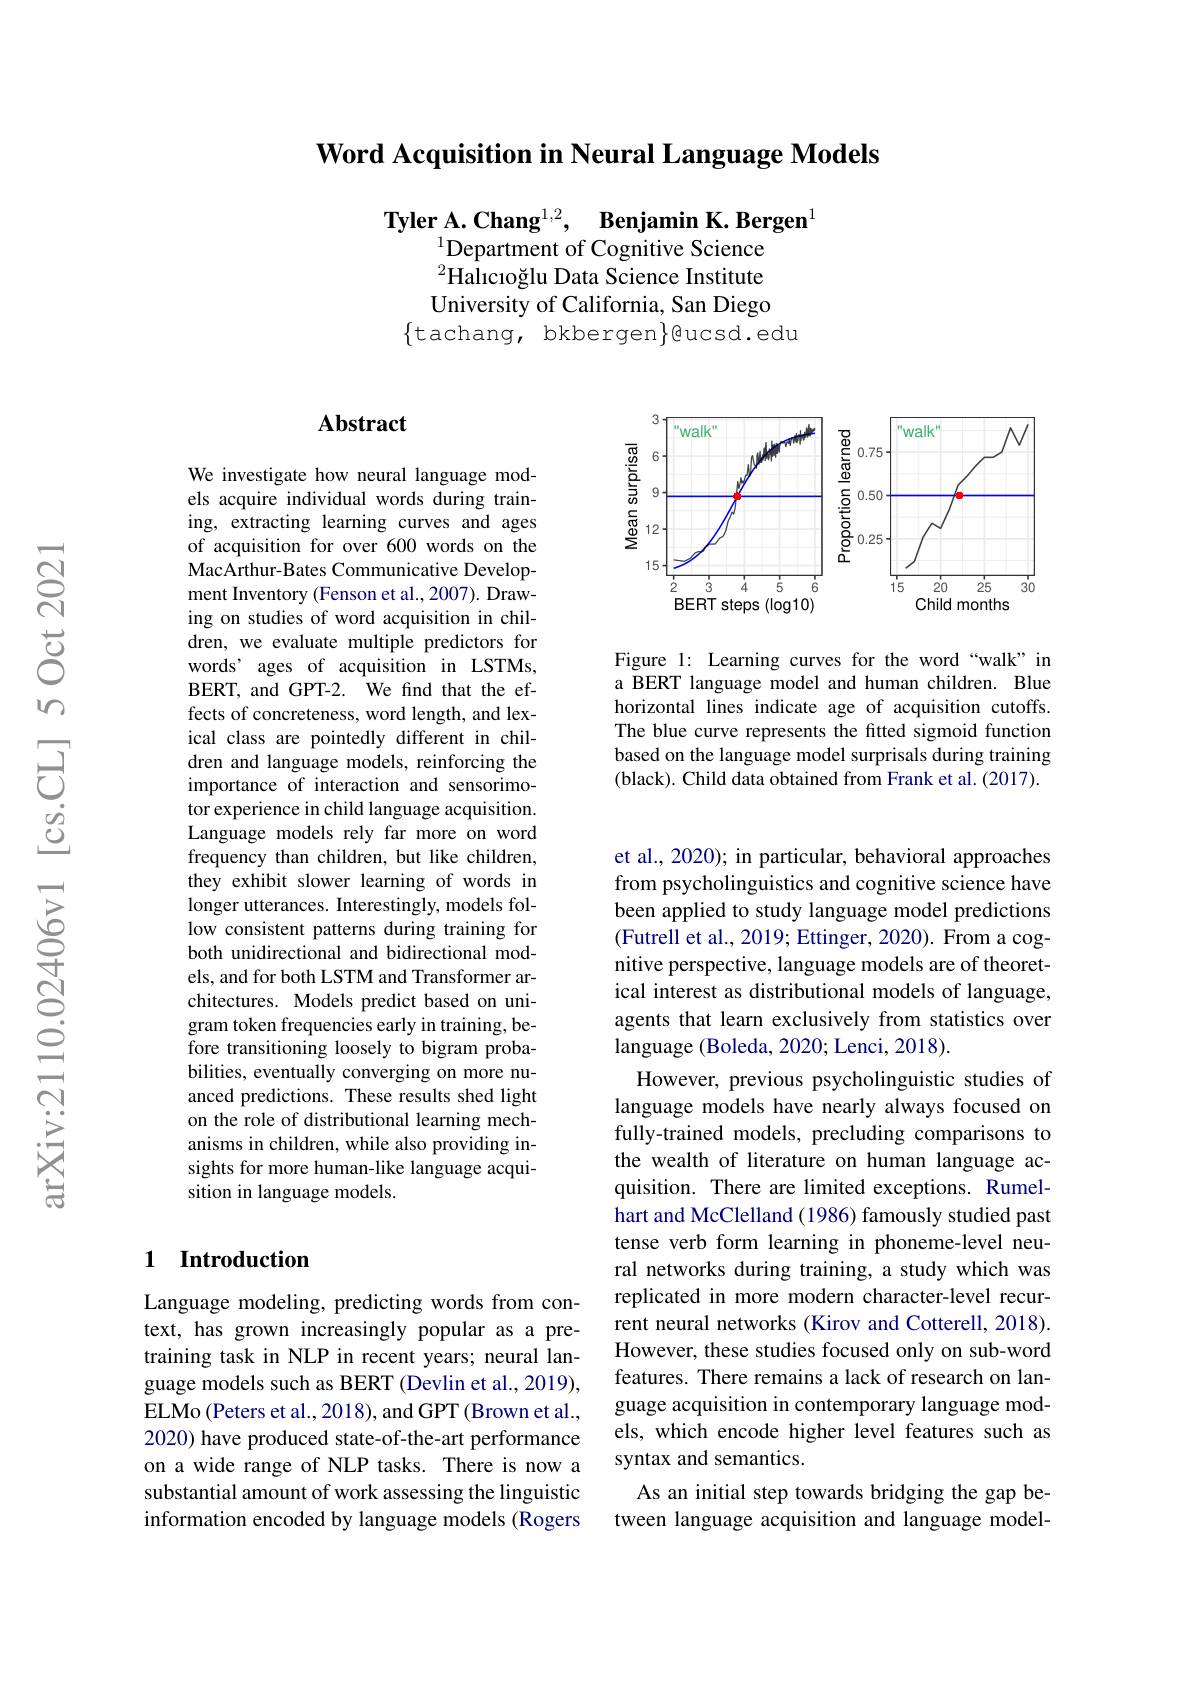
## Word Acquisition in Neural Language Models

Tyler A. Chang$^{1, 2}$, Benjamin K. Bergen
$^{1}$Department of Cognitive Science $^{2}$Halıcıoğlu Data Science Institute University of California, San Diego
$\{$tachang, bkbergen$\}$@ucsd.edu

### $\mathbf{Abstract}$

We investigate how neural language models acquire individual words during training, extracting learning curves and ages of acquisition for over 600 words on the MacArthur- Bates Communicative Development Inventory (Fenson et al., 2007). Drawing on studies of word acquisition in children, we evaluate multiple predictors for words' ages of acquisition in LSTMs, BERT, and GPT-2. We find that the effects of concreteness, word length, and lexical class are pointedly different in children and language models, reinforcing the importance of interaction and sensorimotor experience in child language acquisition. Language models rely far more on word frequency than children, but like children, they exhibit slower learning of words in longer utterances. Interestingly, models follow consistent patterns during training for both unidirectional and bidirectional models, and for both LSTM and Transformer architectures. Models predict based on unigram token frequencies early in training, before transitioning loosely to bigram probabilities, eventually converging on more nuanced predictions. These results shed light on the role of distributional learning mechanisms in children, while also providing insights for more human-like language acquisition in language models.

## 1 Introduction

Language modeling, predicting words from context, has grown increasingly popular as a pretraining task in NLP in recent years; neural language models such as BERT (Devlin et al., 2019), ELMo (Peters et al., 2018), and GPT (Brown et al., 2020) have produced state-of-the-art performance on a wide range of NLP tasks. There is now a substantial amount of work assessing the linguistic information encoded by language models (Rogers

<FigureHere>

Figure 1: Learning curves for the word“walk”in a BERT language model and human children. Blue horizontal lines indicate age of acquisition cutoffs. The blue curve represents the fitted sigmoid function based on the language model surprisals during training (black). Child data obtained from Frank et al. (2017).

et al., 2020); in particular, behavioral approaches from psycholinguistics and cognitive science have been applied to study language model predictions (Futrell et al., 2019; Ettinger, 2020). From a cognitive perspective, language models are of theoretical interest as distributional models of language, agents that learn exclusively from statistics over language (Boleda, 2020; Lenci, 2018).
However, previous psycholinguistic studies of language models have nearly always focused on fully-trained models, precluding comparisons to the wealth of literature on human language acquisition. There are limited exceptions. Rumelhart and McClelland (1986) famously studied past tense verb form learning in phoneme-level neural networks during training, a study which was replicated in more modern character-level recurrent neural networks (Kirov and Cotterell, 2018). However, these studies focused only on sub-word features. There remains a lack of research on language acquisition in contemporary language models, which encode higher level features such as syntax and semantics.
As an initial step towards bridging the gap between language acquisition and language model-